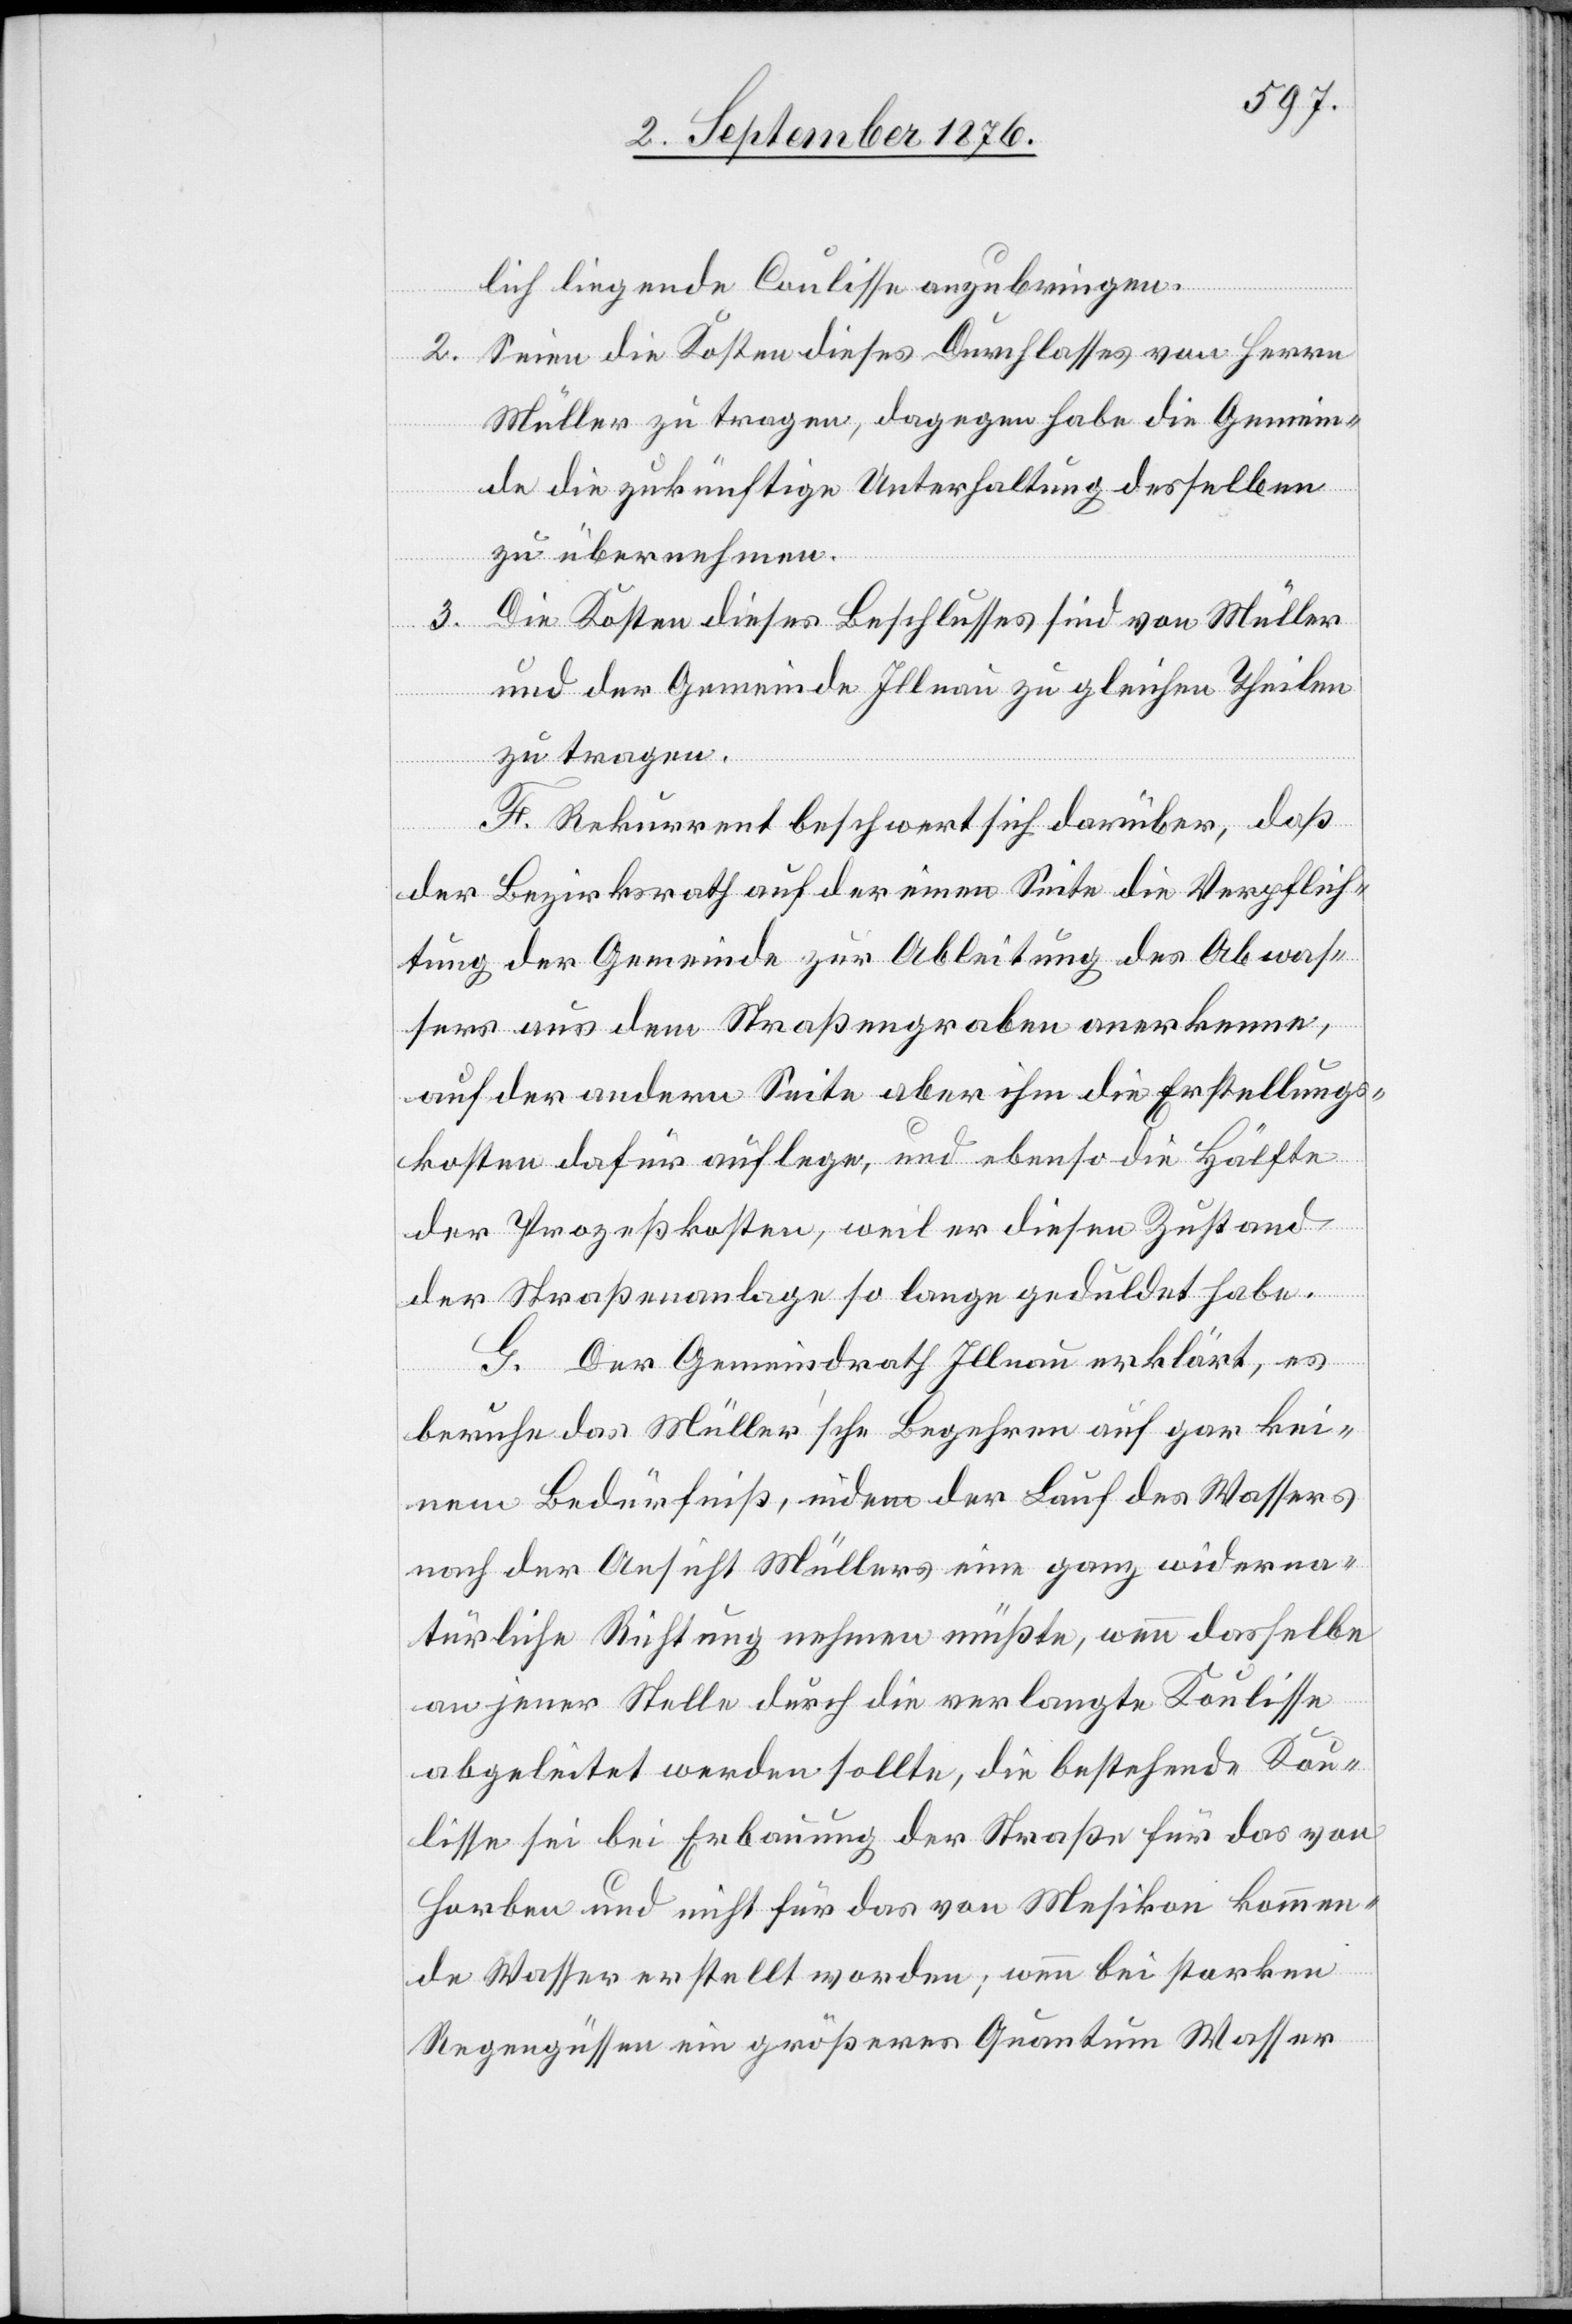
lich liegende Coulisse anzubringen.
2. Seien die Kosten dieses Durchlasses von Herrn
Müller zu tragen, dagegen habe die Gemein¬
de die zukünftige Unterhaltung desselben
zu übernehmen.
3.
Die Kosten dieses Beschlusses sind von Müller
und der Gemeinde Illnau zu gleichen Theilen
zu tragen.
F. Rekurrent beschwert sich darüber, daß
der Bezirksrath auf der einen Seite die Verpflich¬
tung der Gemeinde zur Ableitung des Abwas¬
sers aus dem Straßengraben anerkenne,
auf der andern Seite aber ihm die Erstellungs¬
kosten dafür auflege, und ebenso die Hälfte
der Prozeßkosten, weil er diesen Zustand
der Straßenanlage so lange geduldet habe.
G. Der Gemeindrath Illnau erklärt, es
beruhe das Müller’sche Begehren auf gar kei¬
nem Bedürfniß, indem der Lauf des Wassers
nach der Ansicht Müllers eine ganze widerna¬
türliche Richtung nehmen müßte, wenn dasselbe
an jener Stelle durch die verlangte Koulisse
abgeleitet werden sollte, die bestehende Kou¬
lisse sei bei Erbauung der Straße für das von
Horben und nicht für das von Mesikon kommen¬
de Wasser erstellt worden; wenn bei starken
Regengüssen ein größeres Quantum Wasser